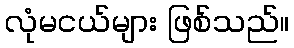
လုံမငယ်များ ဖြစ်သည်။